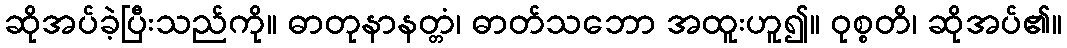
ဆိုအပ်ခဲ့ပြီးသည်ကို။ ဓာတုနာနတ္တံ၊ ဓာတ်သဘော အထူးဟူ၍။ ဝုစ္စတိ၊ ဆိုအပ်၏။